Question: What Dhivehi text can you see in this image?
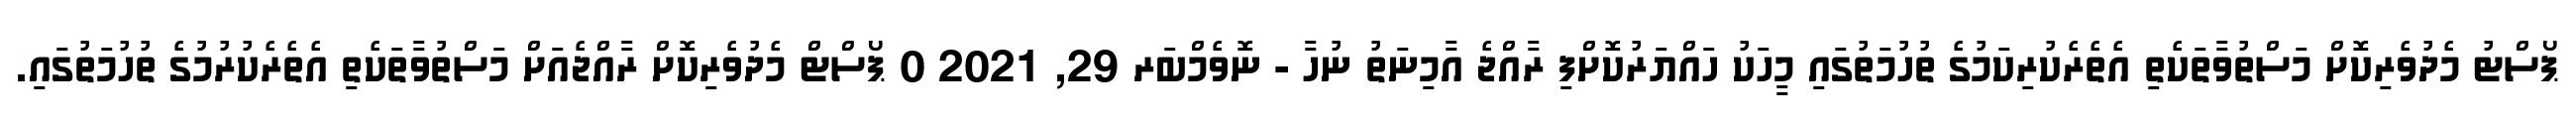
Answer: ޕޯސްޓު މެދުވެރިކޮށް މަސްތުވާތަކެތި އެތެރެކުރިކަމުގެ ތުހުމަތުގައި މީހަކު ހައްޔަރުކޮށްފި ރާއްޖެ އާމިނަތު ނުހާ - ނޮވެމްބަރ 29, 2021 0 ޕޯސްޓް މެދުވެރިކޮށް ރާއްޖެއަށް މަސްތުވާތަކެތި އެތެރެކުރުމުގެ ތުހުމަތުގައި.